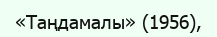
«Таңдамалы» (1956),